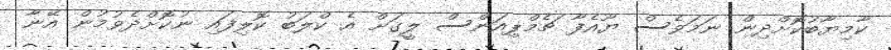
ކާމިޔާބުކޮށްދިން ނަމަވެސް ޔޫއެފާ ޗެމްޕިއަންސް ލީގަށް އެ ކްލަބު ކޮލިފައި ނުކޮށްދެވުމުން އޭނާ